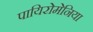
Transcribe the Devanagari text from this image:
पायिरोमेनिया